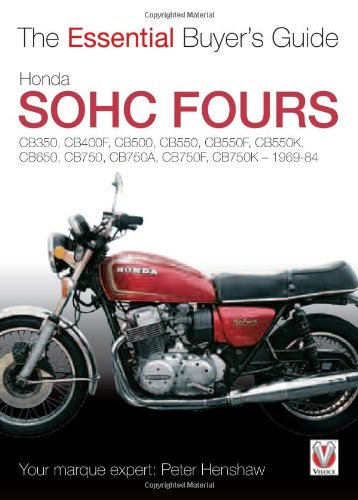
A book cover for Honda SOHC Fours: CB350, CB400F, CB500, CB550, CB550F, CB550K, CB650, CB750, CB750A, CB750F, CB750K - 1969-84 (The Essential Buyer's Guide); Peter Henshaw; Engineering & Transportation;